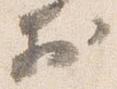
於